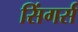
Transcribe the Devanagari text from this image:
सिंगर्स